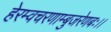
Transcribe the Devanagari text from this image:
हेरम्वचरणाम्बुजरेणबः।।